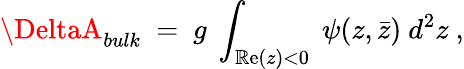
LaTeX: \DeltaA_{bulk}~=~g~\int_{{\cal\mathbb{R}}\mathrm{e}(z)<0}~\psi(z,\bar{{z}})~d^{2}z\ ,